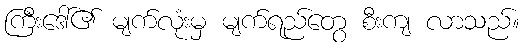
ကြီးဒေါ်၏ မျက်လုံးမှ မျက်ရည်တွေ စီးကျ လာသည်။